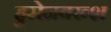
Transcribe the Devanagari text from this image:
हुसेनबख्श